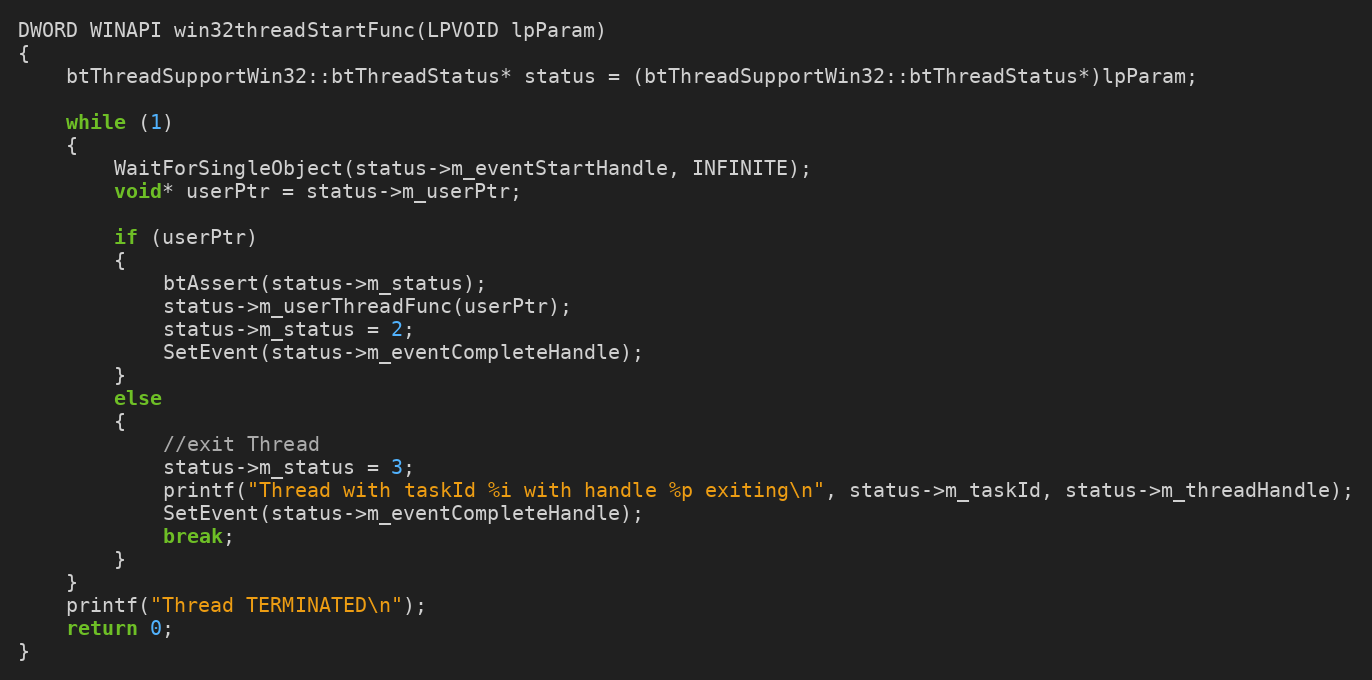
Language: C++
DWORD WINAPI win32threadStartFunc(LPVOID lpParam)
{
	btThreadSupportWin32::btThreadStatus* status = (btThreadSupportWin32::btThreadStatus*)lpParam;

	while (1)
	{
		WaitForSingleObject(status->m_eventStartHandle, INFINITE);
		void* userPtr = status->m_userPtr;

		if (userPtr)
		{
			btAssert(status->m_status);
			status->m_userThreadFunc(userPtr);
			status->m_status = 2;
			SetEvent(status->m_eventCompleteHandle);
		}
		else
		{
			//exit Thread
			status->m_status = 3;
			printf("Thread with taskId %i with handle %p exiting\n", status->m_taskId, status->m_threadHandle);
			SetEvent(status->m_eventCompleteHandle);
			break;
		}
	}
	printf("Thread TERMINATED\n");
	return 0;
}